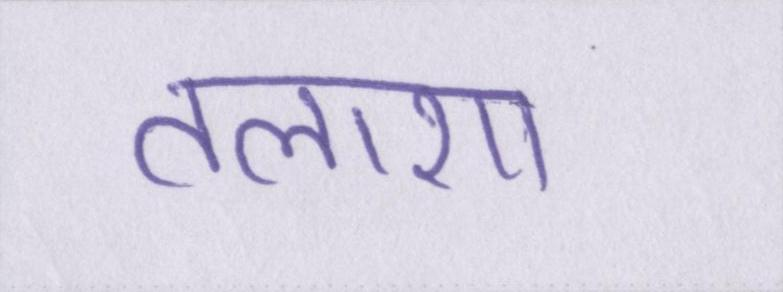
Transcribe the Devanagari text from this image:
तलाशा